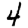
Digit: 4